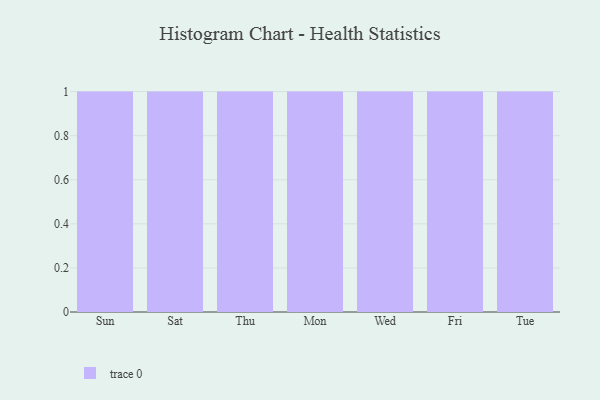
{"axis": {"x": "Day", "y": "Budget (USD K)"}, "legend": [""], "data": [{"x": "Sun", "y": 46, "type": ""}, {"x": "Sat", "y": 7, "type": ""}, {"x": "Thu", "y": 49, "type": ""}, {"x": "Mon", "y": 44, "type": ""}, {"x": "Wed", "y": 32, "type": ""}, {"x": "Fri", "y": 95, "type": ""}, {"x": "Tue", "y": 49, "type": ""}]}